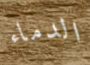
الدماء